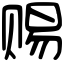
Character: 赐